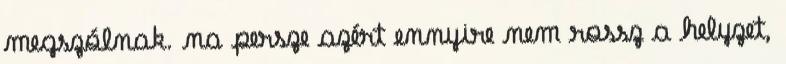
megszólnak. na persze azért ennyire nem rossz a helyzet,